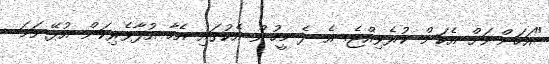
"އަހަންނަށް އެކަން ކުރެވިއްޖެ. އެ ދެ މީހުން އެކުގައި އެހާ އުފާވެރިކަން އުޅޭނަމަ